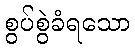
စွပ်စွဲခံရသော